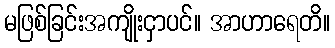
မဖြစ်ခြင်းအကျိုးငှာပင်။ အာဟာရေတိ။